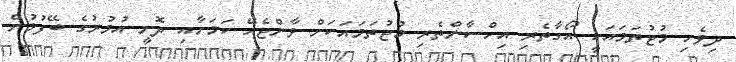
ދިވެހި މުޖުތަމައަކީ އޯގާތެރި އިހްސާންތެރި މުޖުތަމައަކަށް ވާންޖެހޭ ކަމަށާއި ދޮށީ އުމުރުގެ ބޭފުޅުން